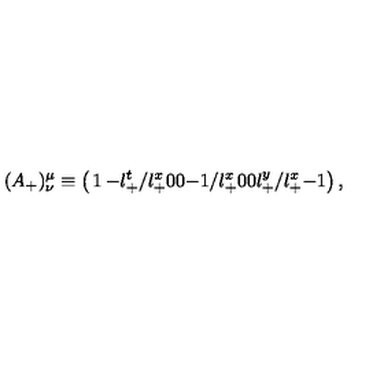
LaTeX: ( A _ { + } ) ^ { \mu } _ { \nu } \equiv \left( \begin{matrix} { 1 } & { - l _ { + } ^ { t } / l _ { + } ^ { x } } & { 0 } \\ { 0 } & { - 1 / l _ { + } ^ { x } } & { 0 } \\ { 0 } & { l _ { + } ^ { y } / l _ { + } ^ { x } } & { - 1 } \\ \end{matrix} \right) ,